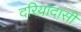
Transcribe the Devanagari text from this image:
दरियादासी